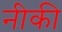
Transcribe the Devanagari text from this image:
नीकी